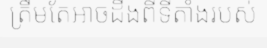
ត្រឹមតែអាចដឹងពីទីតាំងរបស់